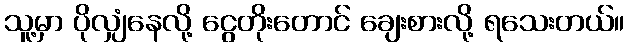
သူ့မှာ ပိုလျှံနေလို့ ငွေတိုးတောင် ချေးစားလို့ ရသေးတယ်။